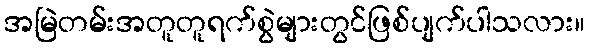
အမြဲတမ်းအတူတူရက်စွဲများတွင်ဖြစ်ပျက်ပါသလား။